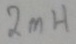
Text: 2mH